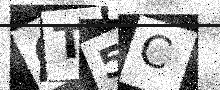
Text: OT5C